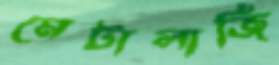
মেটালার্জি